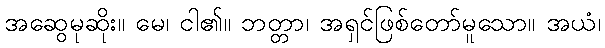
အဆွေမုဆိုး။ မေ၊ ငါ၏။ ဘတ္တာ၊ အရှင်ဖြစ်တော်မူသော။ အယံ၊